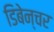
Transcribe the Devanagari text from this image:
डिबेन्‍चर